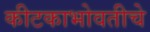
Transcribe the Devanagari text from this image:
कीटकाभोवतीचे